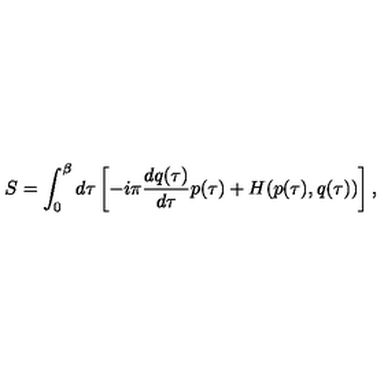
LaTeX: S = \int _ { 0 } ^ { \beta } d \tau \left[ - i \pi \frac { d q ( \tau ) } { d \tau } p ( \tau ) + H ( p ( \tau ) , q ( \tau ) ) \right] ,